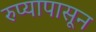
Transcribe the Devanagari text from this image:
रुप्यापासून